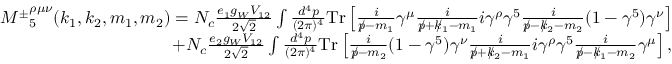
\begin{array} { r l r } & { } & { { M ^ { \pm } } _ { 5 } ^ { \rho \mu \nu } ( k _ { 1 } , k _ { 2 } , m _ { 1 } , m _ { 2 } ) = N _ { c } \frac { e _ { 1 } g _ { W } V _ { 1 2 } } { 2 \sqrt { 2 } } \int \frac { d ^ { 4 } p } { ( 2 \pi ) ^ { 4 } } \mathrm { { T r } } \left[ \frac { i } { p \! \! \! / - m _ { 1 } } \gamma ^ { \mu } \frac { i } { p \! \! \! / + k \! \! \! / _ { 1 } - m _ { 1 } } i \gamma ^ { \rho } \gamma ^ { 5 } \frac { i } { p \! \! \! / - k \! \! \! / _ { 2 } - m _ { 2 } } ( 1 - \gamma ^ { 5 } ) \gamma ^ { \nu } \right] } \\ & { } & { + N _ { c } \frac { e _ { 2 } g _ { W } V _ { 1 2 } } { 2 \sqrt { 2 } } \int \frac { d ^ { 4 } p } { ( 2 \pi ) ^ { 4 } } { \mathrm { T r } } \left[ \frac { i } { p \! \! \! / - m _ { 2 } } ( 1 - \gamma ^ { 5 } ) \gamma ^ { \nu } \frac { i } { p \! \! \! / + k \! \! \! / _ { 2 } - m _ { 1 } } i \gamma ^ { \rho } \gamma ^ { 5 } \frac { i } { p \! \! \! / - k \! \! \! / _ { 1 } - m _ { 2 } } \gamma ^ { \mu } \right] , } \end{array}